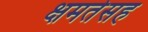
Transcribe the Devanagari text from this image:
क्षमतेसह